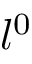
l ^ { 0 }